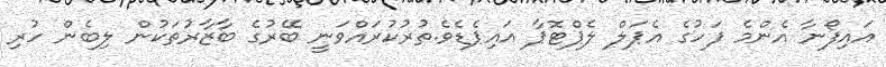
އައިފޯނާ އެންމެ ފަހުގެ އެޕަލް ލެޕްޓޮޕާ އައިޕެޑެވެ.ތުރުކުރައްވަނީ ބޭރުގެ ބާޒާރުތަކުން ލިބެން ހުރި